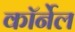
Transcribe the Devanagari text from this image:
काॅर्नेल